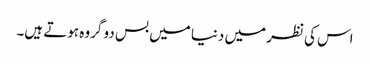
اس کی نظر میں دنیا میں بس دو گروہ ہوتے ہیں۔